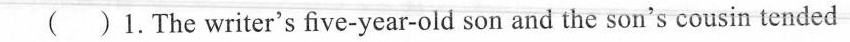
( )1.The writer's five-year-old son and the son's cousin tended